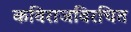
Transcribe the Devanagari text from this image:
कविराजविरचित